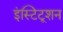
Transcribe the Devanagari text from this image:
इंस्टिटूशन